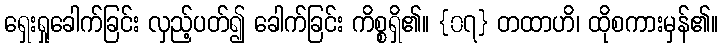
ရှေးရှုခေါက်ခြင်း လှည့်ပတ်၍ ခေါက်ခြင်း ကိစ္စရှိ၏။ {၀၇} တထာဟိ၊ ထိုစကားမှန်၏။